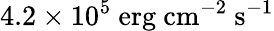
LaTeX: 4.2\times 10^{5}\ \mathrm{erg\ cm^{-2}\ s^{-1}}